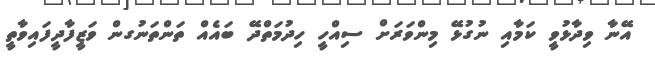
އޭނާ ވިދާޅުވީ ކަމާއި ނުގުޅޭ މިންވަރަށް ސިއްހީ ހިދުމަތްދޭ ބައެއް ތަންތަނުގން ވަޒީފާދީފައިވާތީ